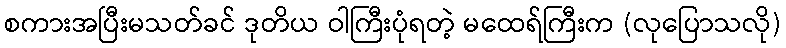
စကားအပြီးမသတ်ခင် ဒုတိယ ဝါကြီးပုံရတဲ့ မထေရ်ကြီးက (လုပြောသလို)